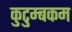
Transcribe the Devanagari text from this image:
कुटुम्‍बकम